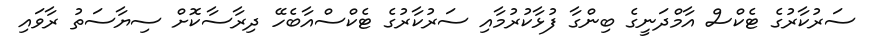
ސަރުކާރުގެ ޓެކްސް އާމްދަނީގެ ބިންގާ ފުޅާކުރުމާއި ސަރުކާރުގެ ޓެކްސްއާބެހޭ ދިރާސާކޮށް ސިޔާސަތު ރާވައި